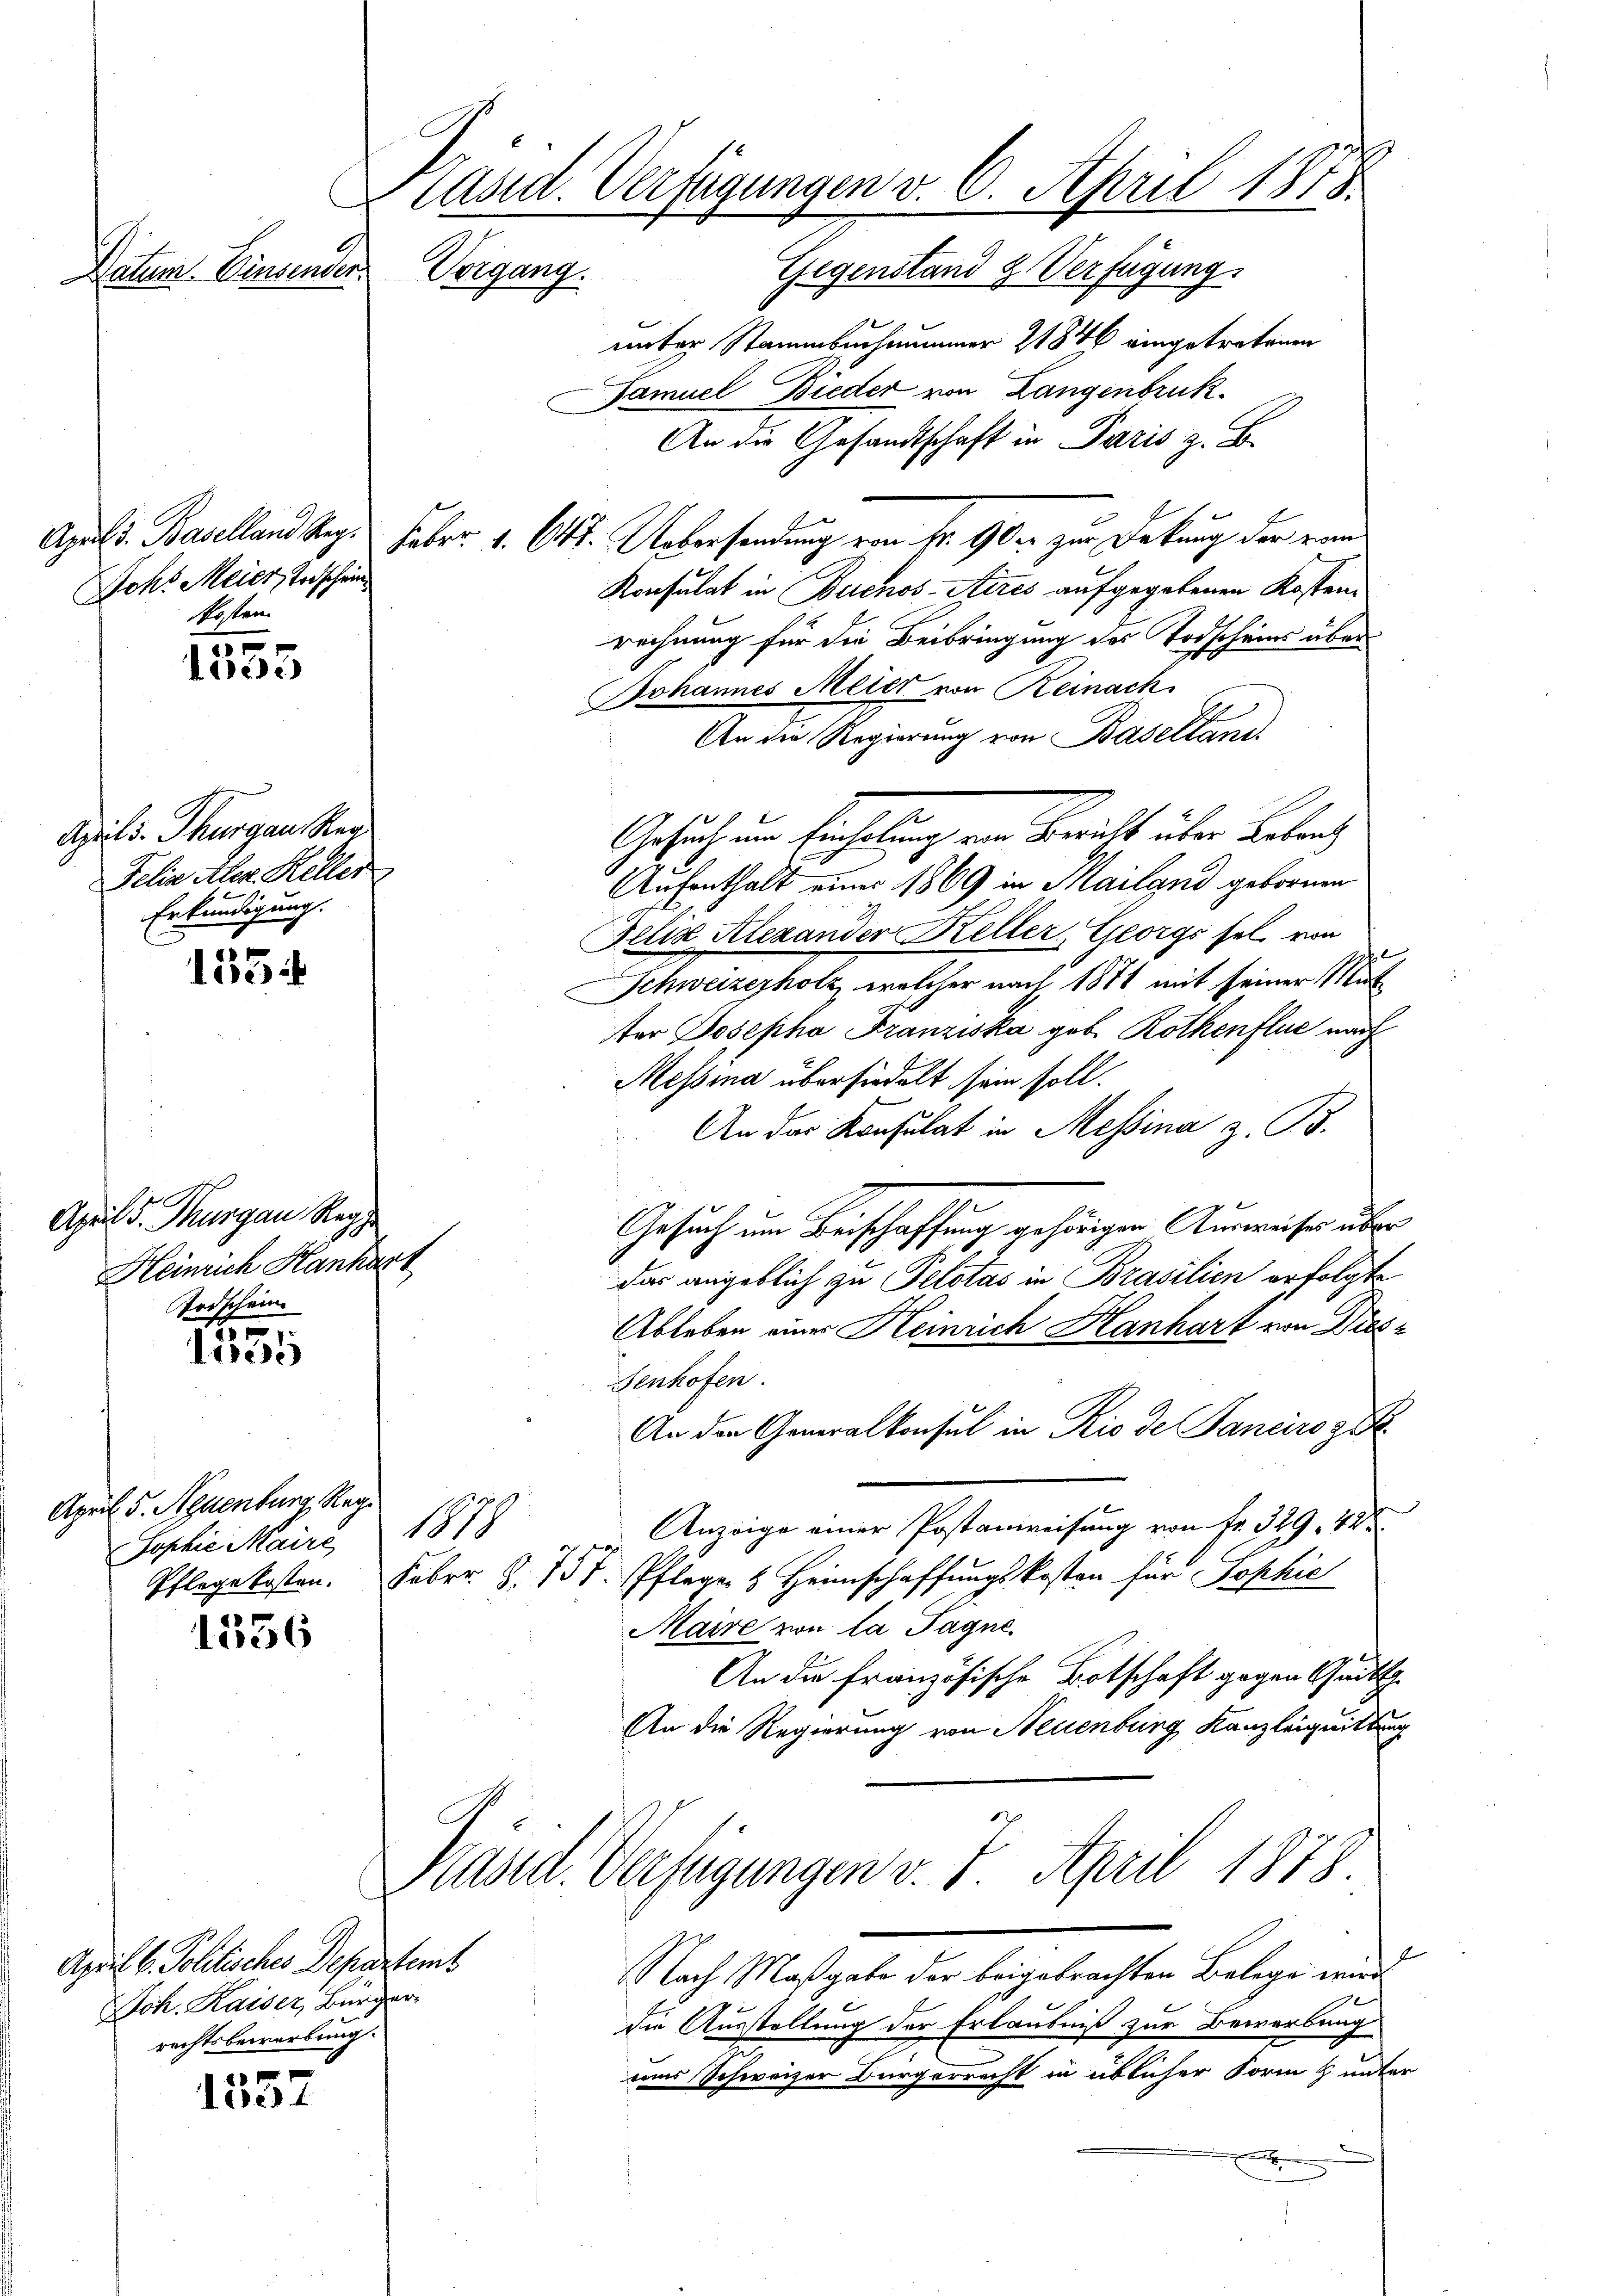
Kasid. Verfügungen v. 6. April 1875
Vorgang.
Gegenstand & Verfügung
Datum. Einsenden.

Joh. Meier, Todschein
Posten.

3
iede

155

April d. Thurgau Reg
Heinrich Hanhart
Todschein

1
diese

1336

April 6. Politisches Departemb
Joh. Kaiser, Bürger
rechtsbewerbung.

1
eses

Aprils. Thurgau Reg
Felix Aler. Keller
Erkundigung.

unter Stammbuchammer 21846 eingetretenen
Samuel Bieder von Langenbruk.
An die Gesandtschaft in Paris z. B.
Apuls Baselland Reg. Febr. 1. 645. Uebersendung von fr. 90 zur Deckung der vom
Konsulat in Buenos-Aires aufgegebenen Kosten-
rechnung für die Beibringung des Todscheins über¬
Johannes Meier von Reinach.
An die Regierung von Baselland.
Gesuch um Einholung von Bericht über Belang
Aufenthalt einer 1869 in Mailand gebornen
Felix Alexander Keller, Georgs sel von
Schweizerholz, welcher nach 1871 mit seiner Mutter Josepha Franziska geb. Rothenflie nach
Messina übersiedelt sein soll.
An das Konsulat in Messina z. B.
Gesuch um Beischaffung gehörigen Auswieser über
das angeblich zu Pelotas in Brasilien erfolgte
Ableben einer Heinrich Hanhart von Dies
Fenhofen.
An der Generalkonsul in Rio de Janeiro zu
Anzeige einer Postanweisung von Nr. 329. 42
Pflege kosten. Febr. S. 737. Pflege & Heimschaffungskosten für Sophić
Maire von la Pagne
An die französische Botschaft gegen Gutth
An die Regierung von Neuenburg, Kanzleiquittung
Präsid. Verfügungen v. 7. April 1878
Nach Maßgabe der beigebrachten Belege wird
die Ausstellung der Erlaubniß zur Bewerbung
uns Schweizer Bürgerrecht in üblicher Form & unte
s

April 5. Neuenburg, Reg
Jophie Maire 1878